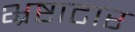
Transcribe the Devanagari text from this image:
भ्रष्टाटार